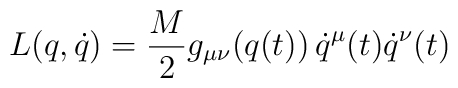
L(q,\dot{q}) = \frac{M}{2}g_{\mu\nu} (q(t)) \,\dot{q}^\mu(t) \dot{q}^\nu(t)